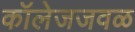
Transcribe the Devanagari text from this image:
कॉलेजजवळ